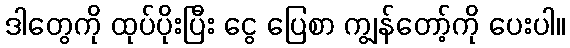
ဒါတွေကို ထုပ်ပိုးပြီး ငွေ ပြေစာ ကျွန်တော့်ကို ပေးပါ။